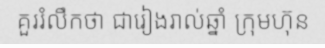
គួររំលឹកថា ជារៀងរាល់ឆ្នាំ ក្រុមហ៊ុន